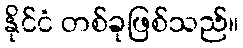
နိုင်ငံ တစ်ခုဖြစ်သည်။